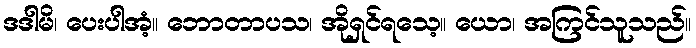
ဒဒါမိ၊ ပေးပါအံ့။ ဘောတာပသ၊ အိုရှင်ရသေ့။ ယော၊ အကြင်သူသည်။